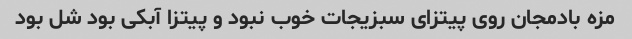
مزه بادمجان روی پیتزای سبزیجات خوب نبود و پیتزا آبکی بود شل بود